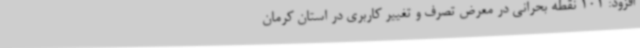
افزود: 101 نقطه بحرانی در معرض تصرف و تغییر کاربری در استان کرمان